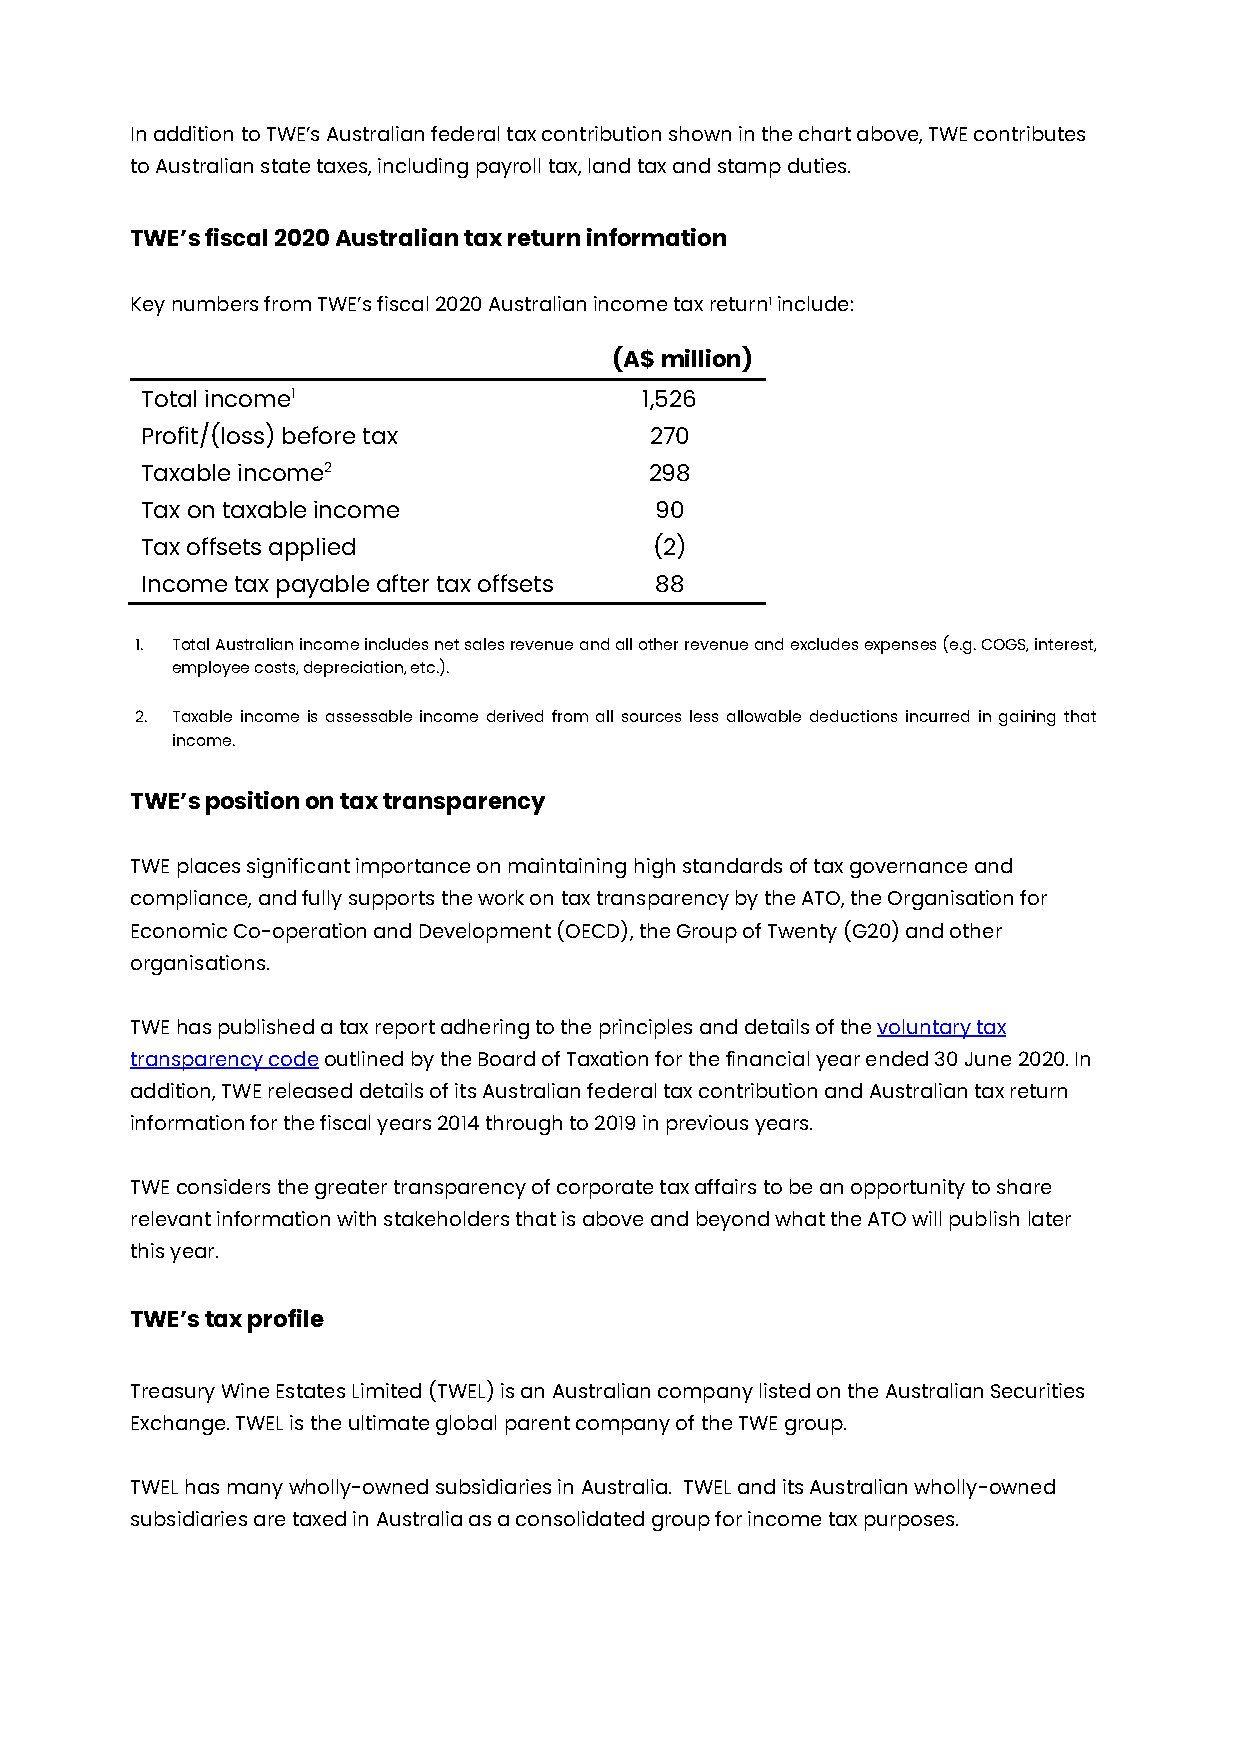
In addition to TWE’s Australian federal tax contribution shown in the chart above, TWE contributes
 to Australian state taxes, including payroll tax, land tax and stamp duties.
 TWE’s fiscal 2020 Australian tax return information
 Key numbers from TWE’s fiscal 2020 Australian income tax return1 include:
 (A$ million)
 Total income1                     1,526
 Profit/(loss) before tax          270
 Taxable income2                   298
 Tax on taxable income             90
 Tax offsets applied               (2)
 Income tax payable after tax offsets 88
 1. Total Australian income includes net sales revenue and all other revenue and excludes expenses (e.g. COGS, interest,
 employee costs, depreciation, etc.).
 2. Taxable income is assessable income derived from all sources less allowable deductions incurred in gaining that
 income.
 TWE’s position on tax transparency
 TWE places significant importance on maintaining high standards of tax governance and
 compliance, and fully supports the work on tax transparency by the ATO, the Organisation for
 Economic Co-operation and Development (OECD), the Group of Twenty (G20) and other
 organisations.
 TWE has published a tax report adhering to the principles and details of the voluntary tax
 transparency code outlined by the Board of Taxation for the financial year ended 30 June 2020. In
 addition, TWE released details of its Australian federal tax contribution and Australian tax return
 information for the fiscal years 2014 through to 2019 in previous years.
 TWE considers the greater transparency of corporate tax affairs to be an opportunity to share
 relevant information with stakeholders that is above and beyond what the ATO will publish later
 this year.
 TWE’s tax profile
 Treasury Wine Estates Limited (TWEL) is an Australian company listed on the Australian Securities
 Exchange. TWEL is the ultimate global parent company of the TWE group.
 TWEL has many wholly-owned subsidiaries in Australia. TWEL and its Australian wholly-owned
 subsidiaries are taxed in Australia as a consolidated group for income tax purposes.